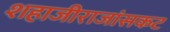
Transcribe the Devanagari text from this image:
शहाजीराजांसकट